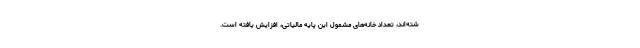
شته‌اند، تعداد خانه‌های مشمول این پایه مالیاتی، افزایش یافته است.